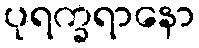
ပုရက္ခရာနော